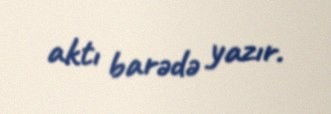
aktı barədə yazır.